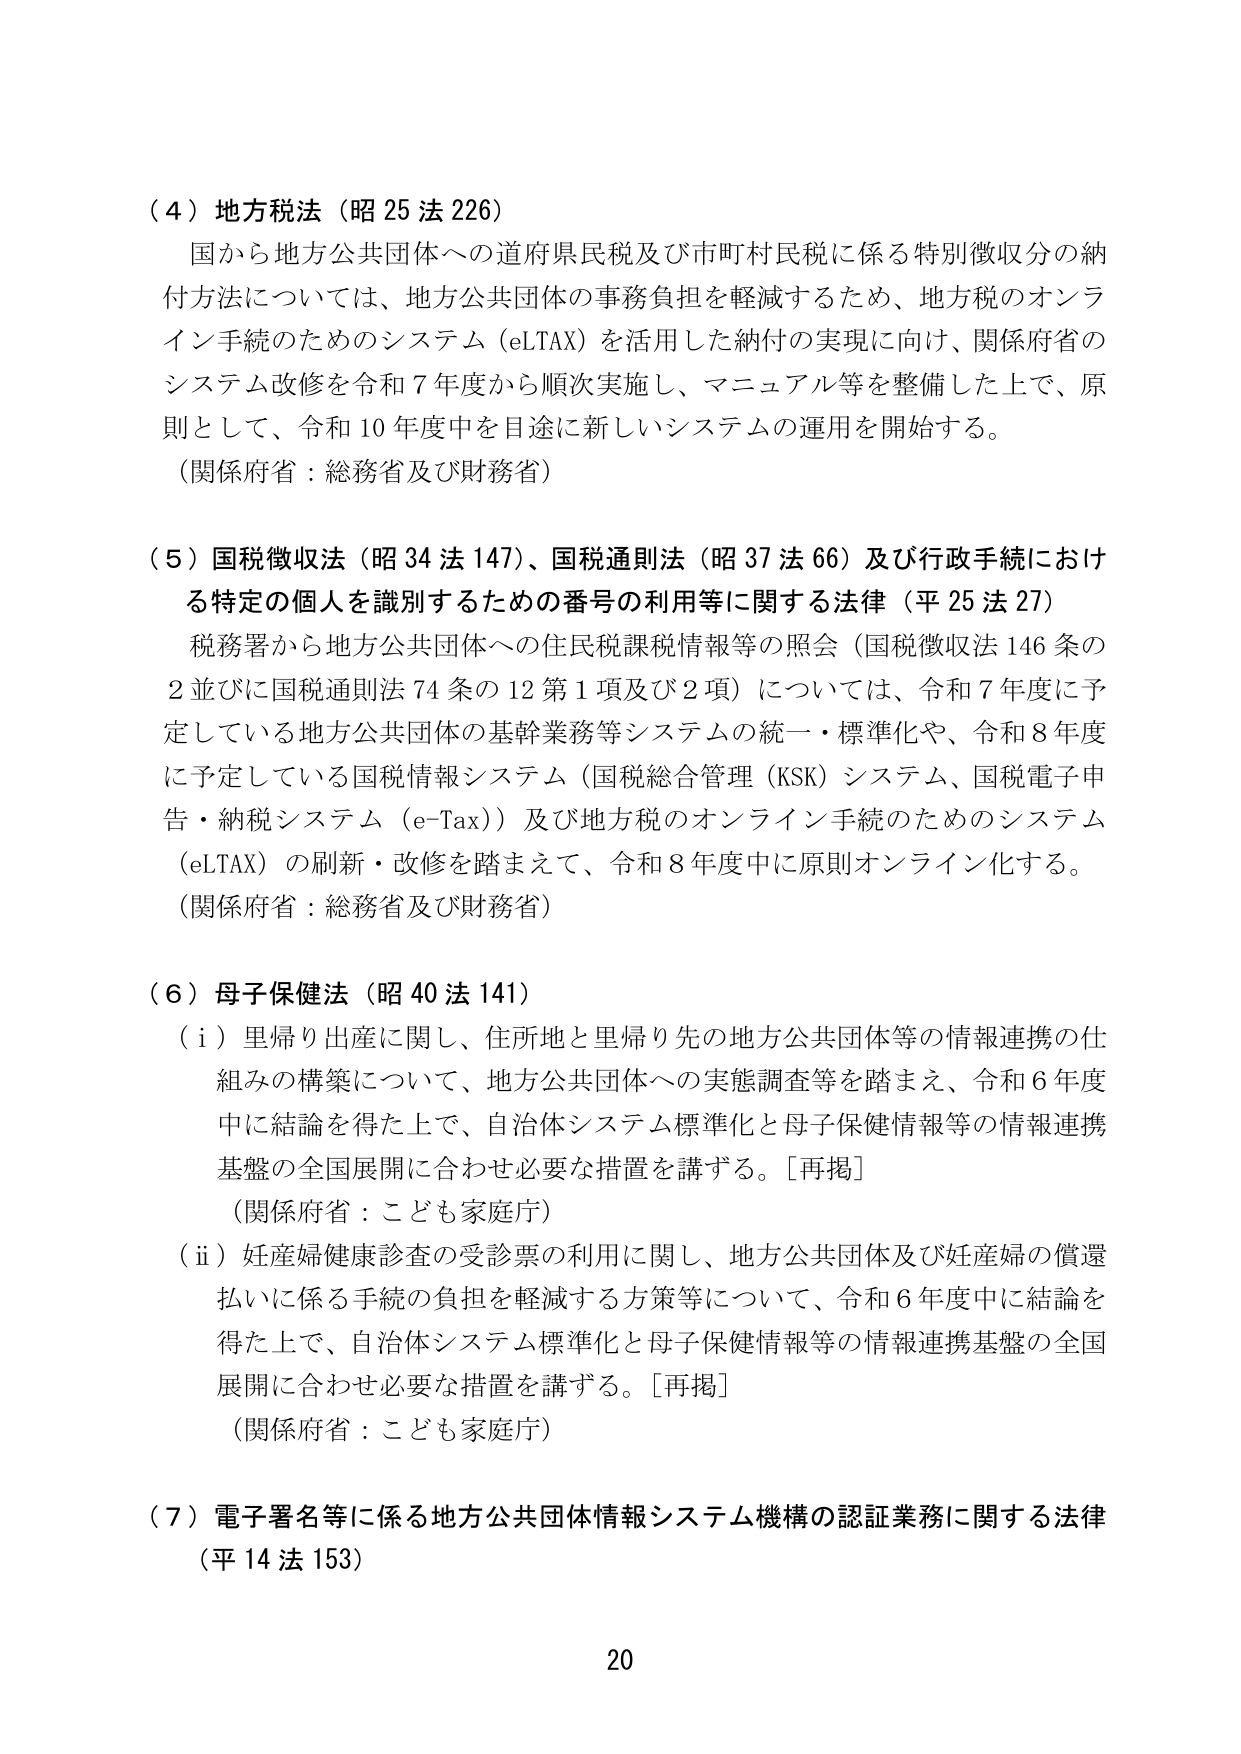
（４）地方税法（昭25法226）
国から地方公共団体への道府県民税及び市町村民税に係る特別徴収分の納付方法については、地方公共団体の事務負担を軽減するため、地方税のオンライン手続のためのシステム（eLTAX）を活用した納付の実現に向け、関係府省のシステム改修を令和7年度から順次実施し、マニュアル等を整備した上で、原則として、令和10年度中を目途に新しいシステムの運用を開始する。
（関係府省：総務省及び財務省）

（５）国税徴収法（昭34法147）、国税通則法（昭37法66）及び行政手続における特定の個人を識別するための番号の利用等に関する法律（平25法27）
税務署から地方公共団体への住民税課税情報等の照会（国税徴収法146条の2並びに国税通則法74条の12第1項及び2項）については、令和7年度に予定している地方公共団体の基幹業務等システムの統一・標準化や、令和8年度に予定している国税情報システム（国税総合管理（KSK）システム、国税電子申告・納税システム（e-Tax））及び地方税のオンライン手続のためのシステム（eLTAX）の刷新・改修を踏まえて、令和8年度中に原則オンライン化する。
（関係府省：総務省及び財務省）

（６）母子保健法（昭40法141）
（ⅰ）里帰り出産に関し、住所地と里帰り先の地方公共団体等の情報連携の仕組みの構築について、地方公共団体への実態調査等を踏まえ、令和6年度中に結論を得た上で、自治体システム標準化と母子保健情報等の情報連携基盤の全国展開に合わせ必要な措置を講ずる。［再掲］
（関係府省：こども家庭庁）
（ⅱ）妊産婦健康診査の受診票の利用に関し、地方公共団体及び妊産婦の償還払いに係る手続の負担を軽減する方策等について、令和6年度中に結論を得た上で、自治体システム標準化と母子保健情報等の情報連携基盤の全国展開に合わせ必要な措置を講ずる。［再掲］
（関係府省：こども家庭庁）

（７）電子署名等に係る地方公共団体情報システム機構の認証業務に関する法律（平14法153）

20